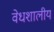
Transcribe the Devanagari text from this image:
वेधशालीय